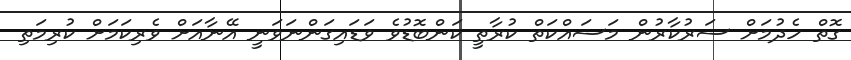
ގޮތް ހެދުމަށް ސަރުކާރުން މަސައްކަތް ކުރާތީ ކަންބޮޑުވެ ވަޑައިގަންނަވަނީ އޭނާއަށް ވެރިކަމަށް ކުރިމަތި